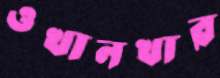
ওখানখার